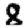
Digit: 8